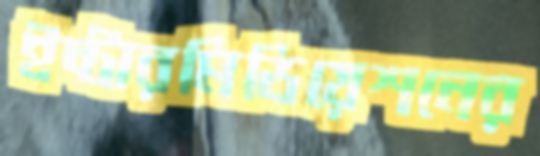
ইন্টারমিডিয়েশনের